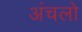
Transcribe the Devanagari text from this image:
अंचलो